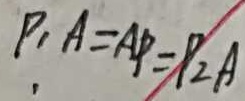
P _ { 1 } A = A P = P _ { 2 } A